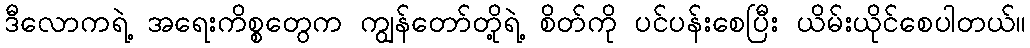
ဒီလောကရဲ့ အရေးကိစ္စတွေက ကျွန်တော်တို့ရဲ့ စိတ်ကို ပင်ပန်းစေပြီး ယိမ်းယိုင်စေပါတယ်။